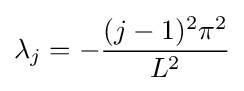
\lambda _{j}=-{\frac {(j-1)^{2}\pi ^{2}}{L^{2}}}